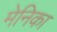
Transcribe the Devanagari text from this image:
मेनिका